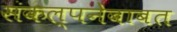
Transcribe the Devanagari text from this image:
संकल्पनेबाबत